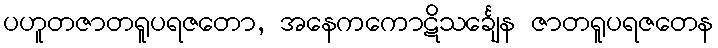
ပဟူတဇာတရူပရဇတော, အနေကကောဋိသင်္ချေန ဇာတရူပရဇတေန